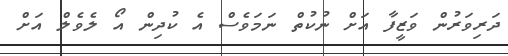
ދަރިވަރުން ވަޒީފާ އަށް ނުކުތް ނަމަވެސް އެ ކުދިން އޯ ލެވެލް އަށް